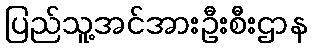
ပြည်သူ့အင်အားဦးစီးဌာန